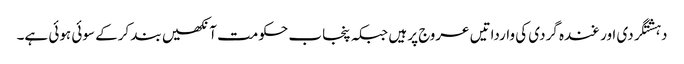
دہشتگردی اور غندہ گردی کی وارداتیں عروج پر ہیں جبکہ پنجاب حکومت آنکھیں بند کرکے سوئی ہوئی ہے۔